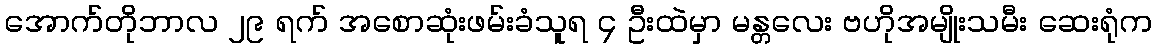
အောက်တိုဘာလ ၂၉ ရက် အစောဆုံးဖမ်းခံသူရ ၄ ဦးထဲမှာ မန္တလေး ဗဟိုအမျိုးသမီး ဆေးရုံက